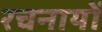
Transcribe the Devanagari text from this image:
रचनायों